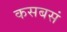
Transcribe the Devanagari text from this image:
कसबसं